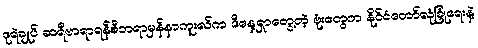
ဒုရဲချုပ် ဆရီဗာရာရန်စီဘရာမှန်နာကူးလ်က ဒီနေ့ရှာတွေ့တဲ့ ဗုံးတွေက နိုင်ငံတော်လုံခြုံရေးနဲ့